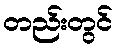
တည်းတွင်